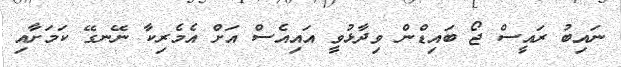
ނައިބު ރައީސް ޖޯ ބައިޑްން ވިދާޅުވީ އައިއެސް އަށް އެމެރިކާ ނޭނގޭ ކަމަށާއި